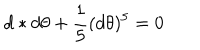
LaTeX: d * d \theta + \frac { 1 } { 5 } ( d \theta ) ^ { 5 } = 0